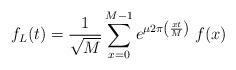
LaTeX: \begin{align*} \begin{alignedat}{3}f_{L}(t) = \frac{1}{\sqrt{M}} \sum_{x=0}^{M-1} e^{\mu 2 \pi \left( \frac{x t}{M} \right)} \; f(x)\end{alignedat}\end{align*}